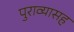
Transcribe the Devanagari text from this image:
पुराव्यासह